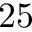
2 5